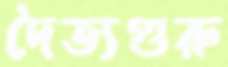
দৈত্যগুরু